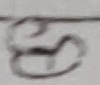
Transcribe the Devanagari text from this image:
ह